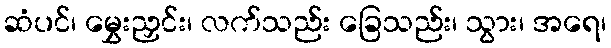
ဆံပင်၊ မွှေးညှင်း၊ လက်သည်း ခြေသည်း၊ သွား၊ အရေ၊